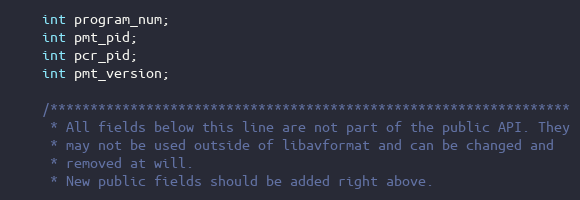
Language: C
    int program_num;
    int pmt_pid;
    int pcr_pid;
    int pmt_version;

    /*****************************************************************
     * All fields below this line are not part of the public API. They
     * may not be used outside of libavformat and can be changed and
     * removed at will.
     * New public fields should be added right above.